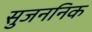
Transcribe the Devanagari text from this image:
सुजननिक